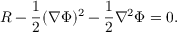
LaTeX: R - { \frac { 1 } { 2 } } ( \nabla \Phi ) ^ { 2 } - { \frac { 1 } { 2 } } \nabla ^ { 2 } \Phi = 0 .